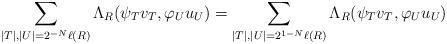
LaTeX: \begin{align*}\sum_{|T|,|U|=2^{-N}\ell(R)}\Lambda_R( \psi_{T}v_T, \varphi_{U}u_{U})=\sum_{|T|,|U|=2^{1-N}\ell(R)}\Lambda_R(\psi_{T} v_{T} ,\varphi_{U}u_{U})\end{align*}